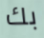
بك